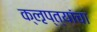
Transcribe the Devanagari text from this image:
क्‍ऌप्त्यांचा